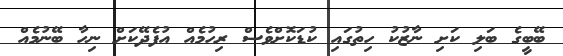
ބޭބީގެ ބަލި ކަށި ނާޒުކު ހިތުގައި ކުޑަކޮށްވެސް ރިހުމެއް އުފެދޭކަށް ނިހާ ބޭނުމެއް